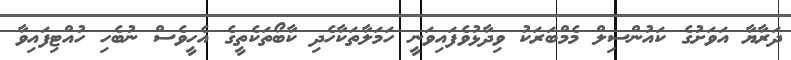
ދަރާޔާ އަވަށުގެ ކައުންސިލް މެމްބަރަކު ވިދާޅުވެފައިވަނީ ހަމަލާތަކާހެދި ކާބޯތަކެތީގެ އެހީވެސް ނުބެހި ހުއްޓިފައިވާ